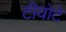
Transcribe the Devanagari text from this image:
टीयोटे